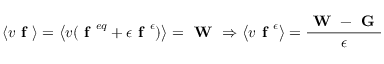
\left\langle v \textbf { f } \right\rangle = \left\langle v ( \textbf { f } ^ { e q } + \epsilon \textbf { f } ^ { \epsilon } ) \right\rangle = \textbf { W } \Rightarrow \left\langle v \textbf { f } ^ { \epsilon } \right\rangle = \frac { \textbf { W } - \textbf { G } } { \epsilon }